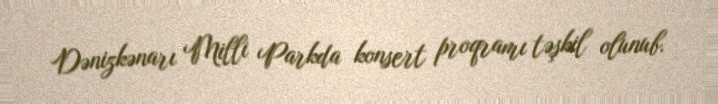
Dənizkənarı Milli Parkda konsert proqramı təşkil olunub.